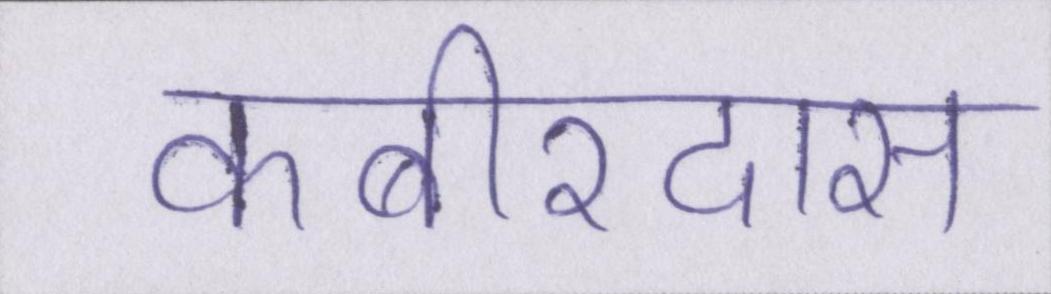
कबीरदास